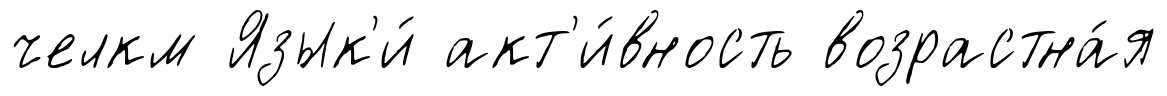
челкм Язык'и́ акт'и́вность возрастна́я